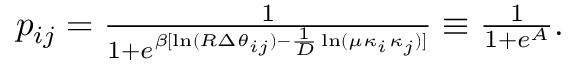
\begin{array} { r } { p _ { i j } = \frac { 1 } { 1 + e ^ { \beta [ \ln ( R \Delta \theta _ { i j } ) - \frac { 1 } { D } \ln ( \mu \kappa _ { i } \kappa _ { j } ) ] } } \equiv \frac { 1 } { 1 + e ^ { A } } . } \end{array}